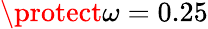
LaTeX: \protect\omega=0.25